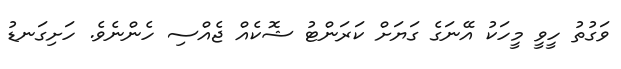
ވަގުތު ހީވީ މީހަކު އޭނަގެ ގަޔަށް ކަރަންޓު ޝޮކެއް ޖެއްސި ހެންނެވެ. ހަށިގަނޑު